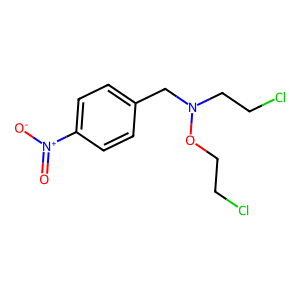
SMILES: O=[N+]([O-])c1ccc(CN(CCCl)OCCCl)cc1
Inhibits HIV replication: No